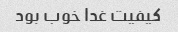
کیفیت غدا خوب بود